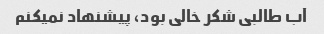
آب طالبی شکر خالی بود، پیشنهاد نمیکنم